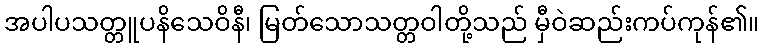
အပါပသတ္တူပနိသေဝိနီ၊ မြတ်သောသတ္တဝါတို့သည် မှီဝဲဆည်းကပ်ကုန်၏။